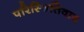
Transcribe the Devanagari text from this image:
परिस्थितिवाद